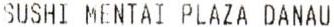
SUSHI MENTAI PLAZA DANAU